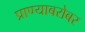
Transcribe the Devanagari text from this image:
प्राण्याबरोबर